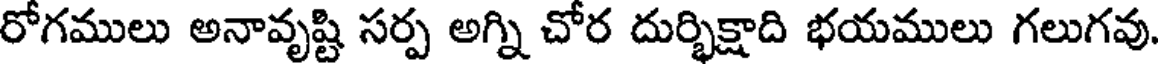
రోగములు అనావృష్టి సర్ప అగ్ని చోర దుర్భిక్షాది భయములు గలుగవు